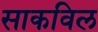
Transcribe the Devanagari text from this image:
साकविल